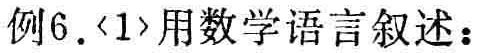
例6.〈1〉用数学语言叙述：